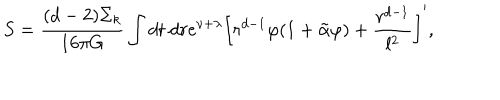
LaTeX: S = \frac { ( d - 2 ) \Sigma _ { k } } { 1 6 \pi G } \int d t \ d r e ^ { \nu + \lambda } \left[ r ^ { d - 1 } \varphi ( 1 + \tilde { \alpha } \varphi ) + \frac { r ^ { d - 1 } } { l ^ { 2 } } \right] ^ { \prime } ,